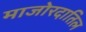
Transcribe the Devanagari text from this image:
माजोरदातिल